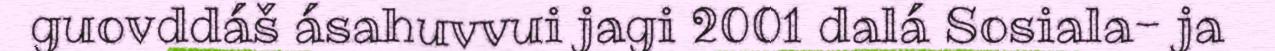
guovddáš ásahuvvui jagi 2001 dalá Sosiala- ja